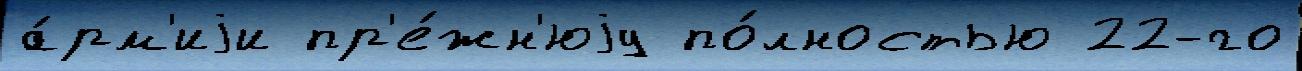
а́рм'иjи пр'е́жн'юjу по́лностью 22-го